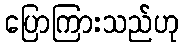
ပြောကြားသည်ဟု